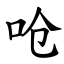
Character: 呛